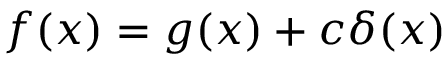
f ( x ) = g ( x ) + c \delta ( x )